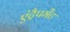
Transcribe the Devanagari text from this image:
एंट्रैपमेंट